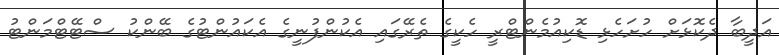
އަދީބާ ދެކޮޅަށް ހުށަހެޅި ޑޮކިއުމެންޓްރީ ހެކީގެ ތެރޭގައި އެކުންފުނީގެ އެކައުންޓުގެ ބޭންކު ސްޓޭޓްމަންޓު